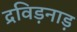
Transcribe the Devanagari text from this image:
द्रविड़नाड़